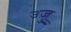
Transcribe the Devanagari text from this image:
उजु